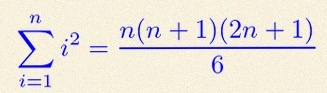
\sum_{i=1}^{n}i^2=\frac{n(n+1)(2n+1)}6